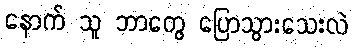
နောက် သူ ဘာတွေ ပြောသွားသေးလဲ